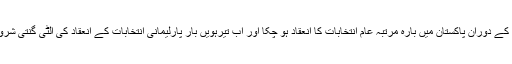
ان سات دہائیوں کے دوران پاکستان میں بارہ مرتبہ عام انتخابات کا انعقاد ہو چُکا اور اب تیرہویں بار پارلیمانی انتخابات کے انعقاد کی الٹی گنتی شروع ہو چکی ہے۔